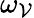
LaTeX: \omega_{\mathcal{V}}